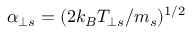
\alpha _ { \perp s } = ( 2 k _ { B } T _ { \perp s } / m _ { s } ) ^ { 1 / 2 }